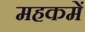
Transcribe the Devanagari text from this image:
महकमें